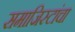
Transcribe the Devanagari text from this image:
समाजिस्टांचा